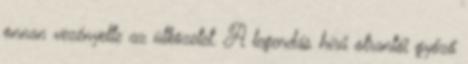
onnan vezényelte az ütközetet. A legendás hírű otrantói győző